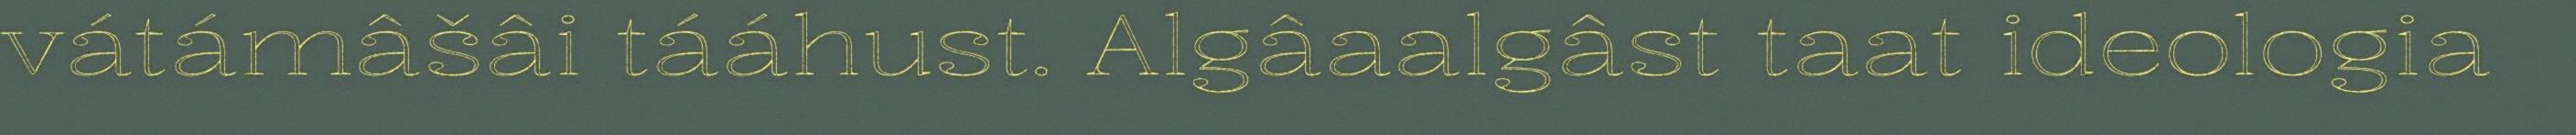
vátámâšâi tááhust. Algâaalgâst taat ideologia